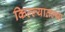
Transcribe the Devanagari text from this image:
किल्ल्यातल्या